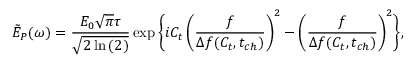
\tilde { E } _ { P } ( \omega ) = \frac { E _ { 0 } \sqrt { \pi } \tau } { \sqrt { 2 \ln { ( 2 ) } } } \exp { \biggl \{ i C _ { t } \left( \frac { f } { \Delta f ( C _ { t } , t _ { c h } ) } \right) ^ { 2 } - \left( \frac { f } { \Delta f ( C _ { t } , t _ { c h } ) } \right) ^ { 2 } \biggr \} } ,